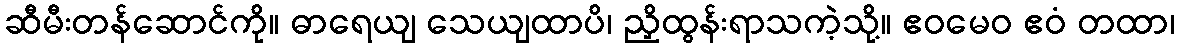
ဆီမီးတန်ဆောင်ကို။ ဓာရေယျ သေယျထာပိ၊ ညှိထွန်းရာသကဲ့သို့။ ဧဝမေဝ ဧဝံ တထာ၊